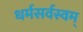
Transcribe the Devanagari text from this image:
धर्मसर्वस्वम्